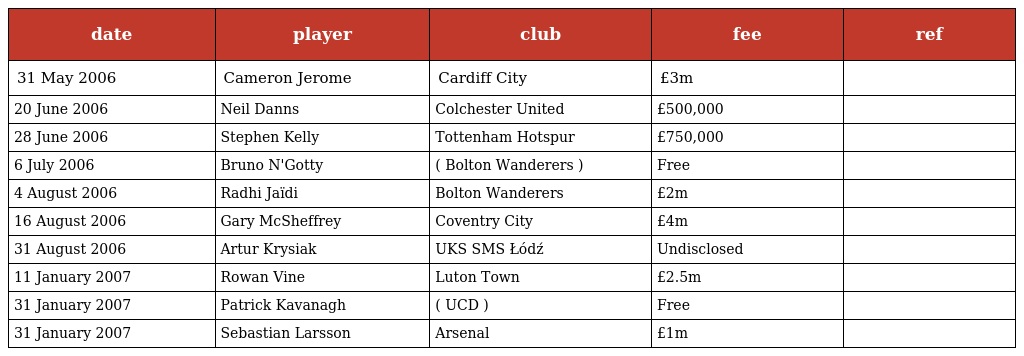
| date | player | club | fee | ref |
 | --- | --- | --- | --- | --- |
 | 31 May 2006 | Cameron Jerome | Cardiff City | £3m |  |
 | 20 June 2006 | Neil Danns | Colchester United | £500,000 |  |
 | 28 June 2006 | Stephen Kelly | Tottenham Hotspur | £750,000 |  |
 | 6 July 2006 | Bruno N'Gotty | ( Bolton Wanderers ) | Free |  |
 | 4 August 2006 | Radhi Jaïdi | Bolton Wanderers | £2m |  |
 | 16 August 2006 | Gary McSheffrey | Coventry City | £4m |  |
 | 31 August 2006 | Artur Krysiak | UKS SMS Łódź | Undisclosed |  |
 | 11 January 2007 | Rowan Vine | Luton Town | £2.5m |  |
 | 31 January 2007 | Patrick Kavanagh | ( UCD ) | Free |  |
 | 31 January 2007 | Sebastian Larsson | Arsenal | £1m |  |